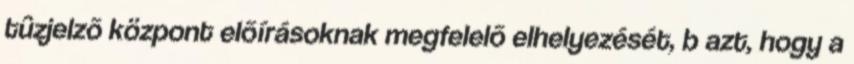
tûzjelzõ központ elõírásoknak megfelelõ elhelyezését, b azt, hogy a